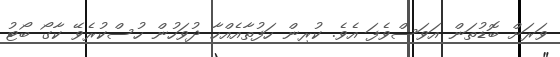
ވަރަށް ބޮޑުތަން އަވަސްވެފަ އެވެ. ކުރިން ހަފުތާއެއްހާ ދުވަހުން ހުސްކުރެވޭ ކާގޯ ބޯޓު